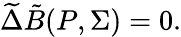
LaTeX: \widetilde{\Delta}{\tilde{B}}(P,{\Sigma})=0.